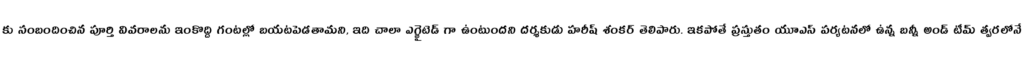
కు సంబందించిన పూర్తి వివరాలను ఇంకొద్ది గంటల్లో బయటపెడతామని, ఇది చాలా ఎగ్జైటెడ్ గా ఉంటుందని దర్శకుడు హరీష్ శంకర్ తెలిపారు. ఇకపోతే ప్రస్తుతం యూఎస్ పర్యటనలో ఉన్న బన్నీ అండ్ టీమ్ త్వరలోనే